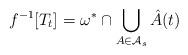
LaTeX: \begin{align*} f^{-1}[T_t] = \omega^*\cap \bigcup_{A\in\mathcal A_s} \hat{A}(t)\end{align*}